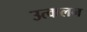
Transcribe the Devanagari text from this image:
उत्‍कलन